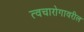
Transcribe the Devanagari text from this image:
त्वचारोगावरील